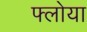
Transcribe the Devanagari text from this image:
फ्लोया